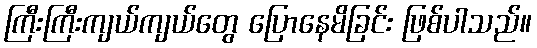
ကြီးကြီးကျယ်ကျယ်တွေ ပြောနေမိခြင်း ဖြစ်ပါသည်။